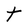
Character: t